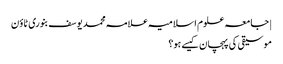
| جامعہ علوم اسلامیہ علامہ محمد یوسف بنوری ٹاؤن
موسیقی کی پہچان کیسے ہو؟